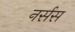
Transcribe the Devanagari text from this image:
नर्सस